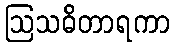
ဩသဓိတာရကာ